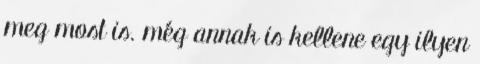
meg most is. még annak is kellene egy ilyen